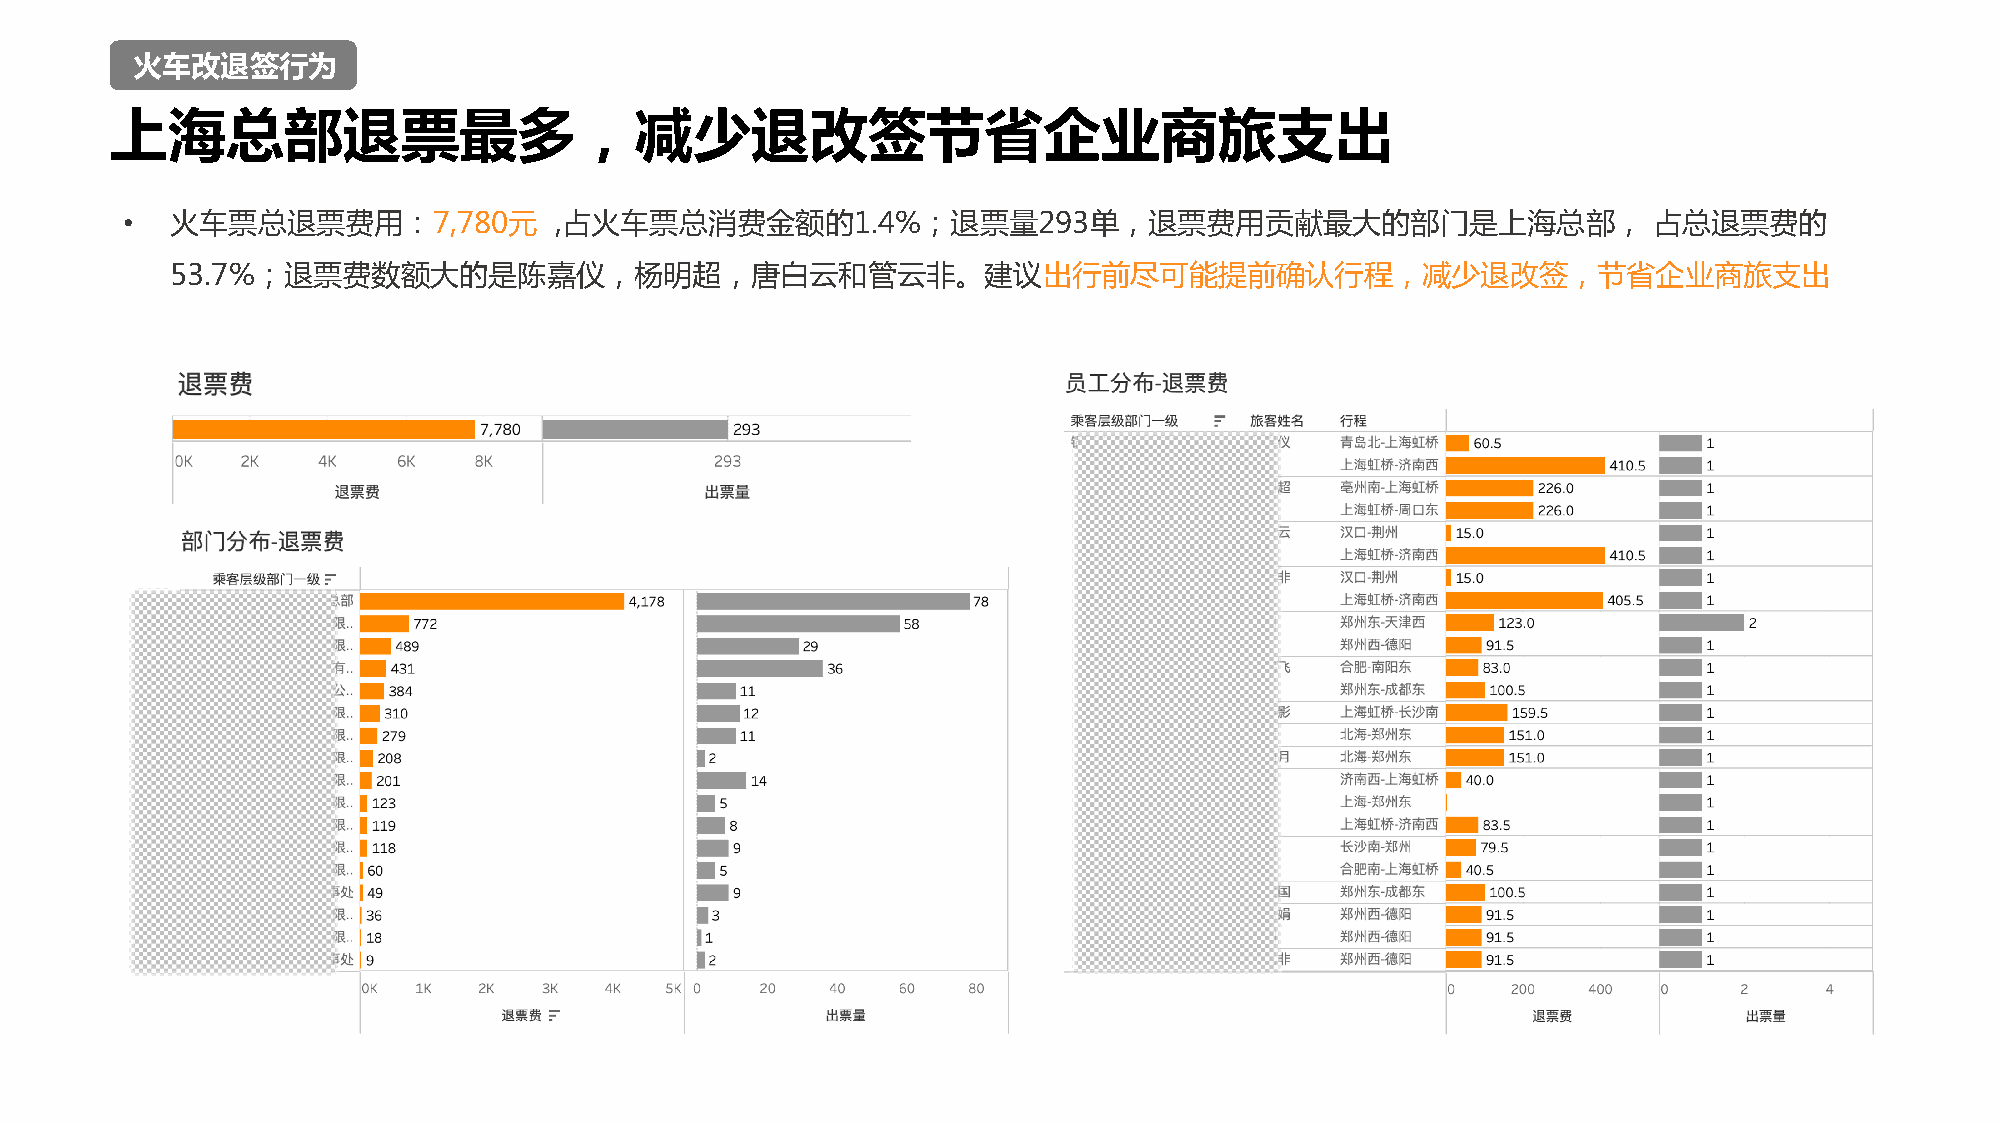
火车改退签行为
 上海总部退票最多，减少退改签节省企业商旅支出
 •  火车票总退票费用：7,780元           ,占火车票总消费金额的1.4%；退票量293单，退票费用贡献最大的部门是上海总部，                               占总退票费的
 53.7%；退票费数额大的是陈嘉仪，杨明超，唐白云和管云非。建议出行前尽可能提前确认行程，减少退改签，节省企业商旅支出